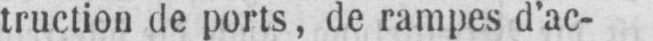
truction de ports, de rampes d’ac-